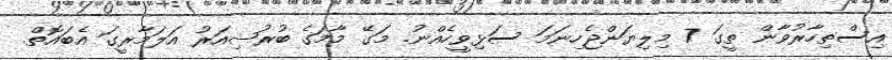
އިސްތިހާރުވާން ތީގަ 7 މިލިޔަންޖެހިނަމަ ސަޅިވީހެއްނު. މަގޭ މާމަގެ ބުރުޝިއަރު އަލަމާރީގަ އެބައޮތް.